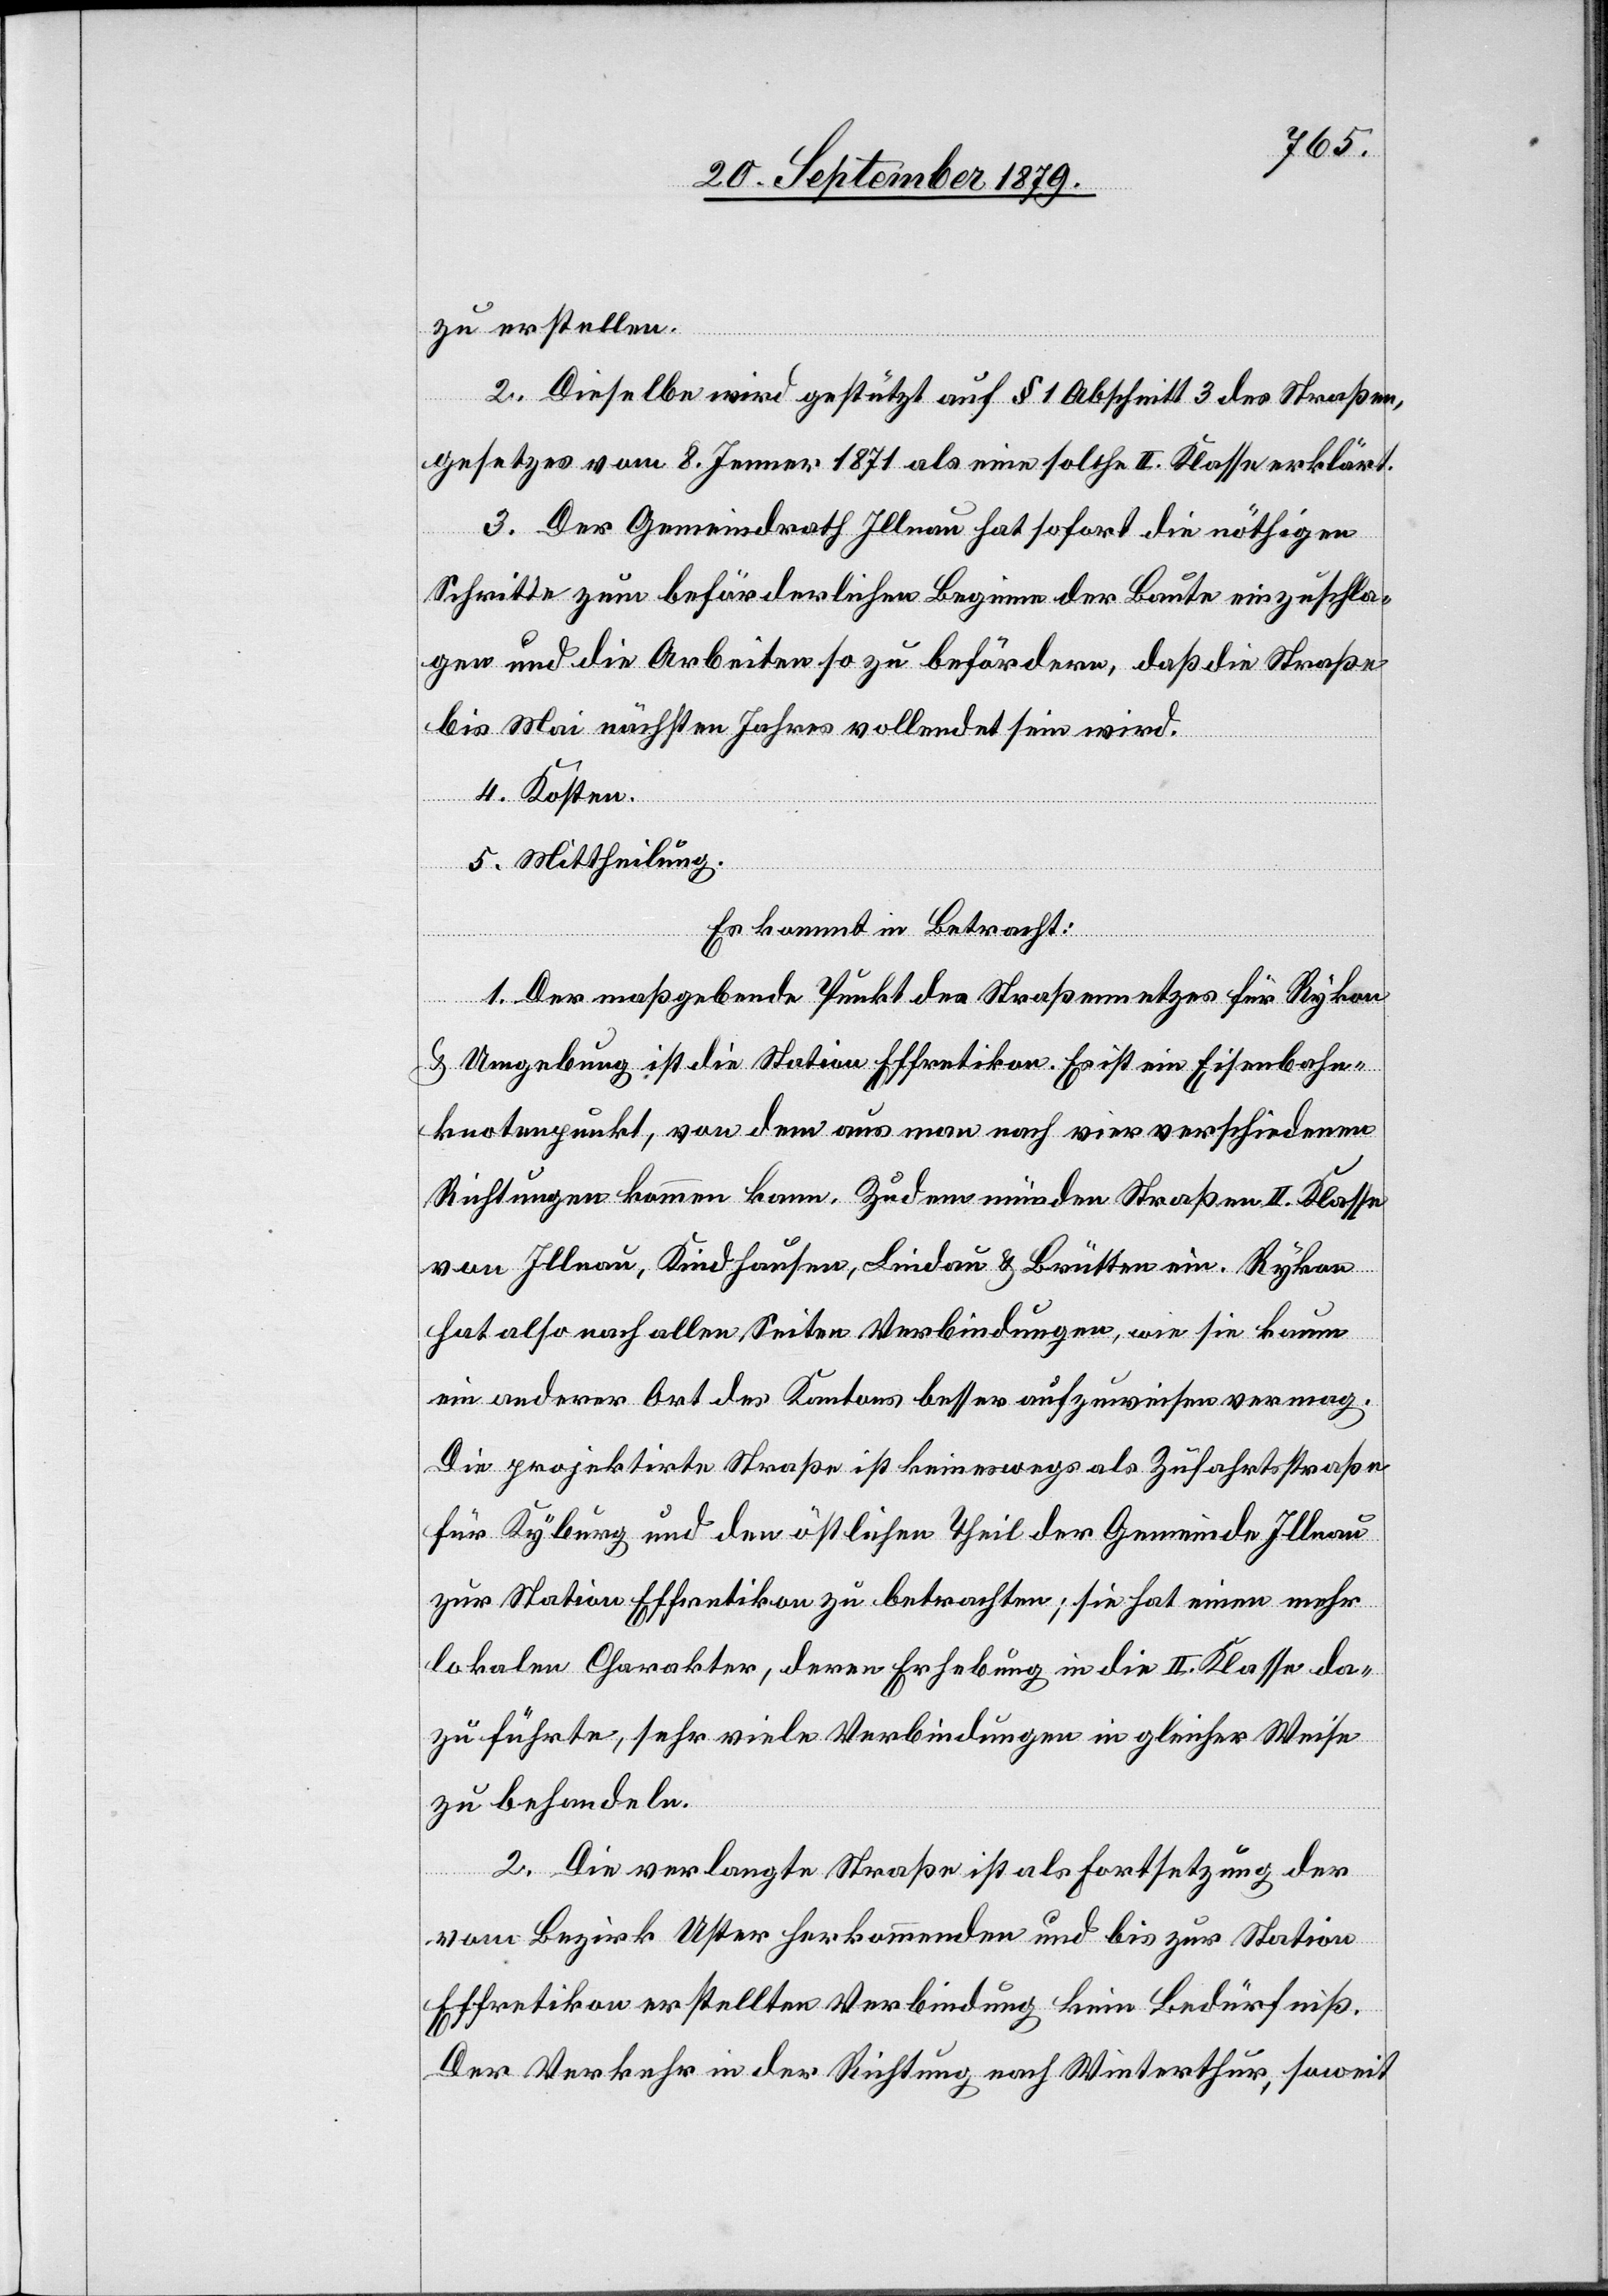
zu erstellen.
2. Dieselbe wird gestützt auf § 1 Abschnitt 3 des Straßen¬
gesetzes vom 8. Jenner 1871 als eine solche II. Klasse erklärt.
3. Der Gemeindrath Illnau hat sofort die nöthigen
Schritte zum beförderlichen Beginn der Baute einzuschla¬
gen und die Arbeiten so zu befördern, daß die Straße
bis Mai nächsten Jahres vollendet sein wird.
4. Kosten.
5. Mittheilung.
Es kommt in Betracht:
1. Der maßgebende Punkt des Straßennetzes für Rykon
& Umgebung ist die Station Effretikon. Es ist ein Eisenbahn¬
knotenpunkt, vom den aus man nach vier verschiedenen
Richtungen kommen kann. Zudem münden Straßen II. Klasse
von Illnau, Kindhausen, Lindau & Brütten ein. Rykon
hat also nach allen Seiten Verbindungen, wie sie kaum
ein anderer Ort des Kantons besser aufzuweisen vermag.
Die projektirte Straße ist keineswegs als Zufahrtsstraße
für Kyburg und den östlichen Theil der Gemeinde Illnau
zur Station Effretikon zu betrachten; sie hat einen mehr
lokalen Charakter, deren Erhebung in die II. Klasse da¬
zu führte, sehr viele Verbindungen in gleicher Weise
zu behandeln.
2. Die verlangte Straße ist als Fortsetzung der
vom Bezirk Uster herkommenden und bis zur Station
Effretikon erstellten Verbindung kein Bedürfniß.
Der Verkehr in der Richtung nach Winterthur, soweit